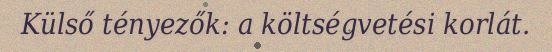
Külső tényezők: a költségvetési korlát.